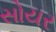
સોયર